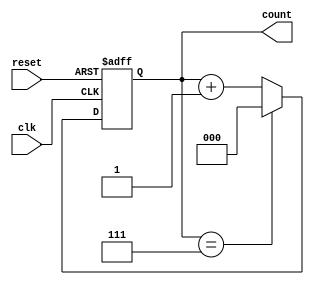
module ModulusCounter (
    input wire clk,
    input wire reset,
    output reg [2:0] count
);

always @(posedge clk or posedge reset) begin
    if (reset) begin
        count <= 3'b000; // reset count to zero
    end else begin
        if (count == 3'd7) begin
            count <= 3'b000; // reset count back to zero when modulus value (8) is reached
        end else begin
            count <= count + 1; // increment count by 1
        end
    end
end

endmodule